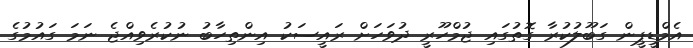
އެމްޑީޕީން ގަބޫލުކުރާ ގޮތުގައި ޖުމްހޫރީ ދުވަހަށް ރައީސަކު އިންތިހާބު ނުކުރެވިއްޖެ ނަމަ ގައުމުގެ